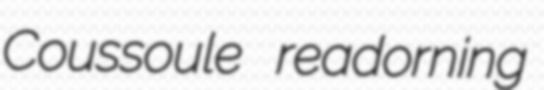
Coussoule readorning